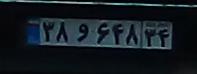
۳۸و۶۴۸۳۴